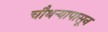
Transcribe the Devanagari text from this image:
चौथऱ्यापासून